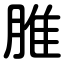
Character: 脽